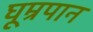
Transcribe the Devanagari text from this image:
घूम्रपान